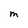
Character: M